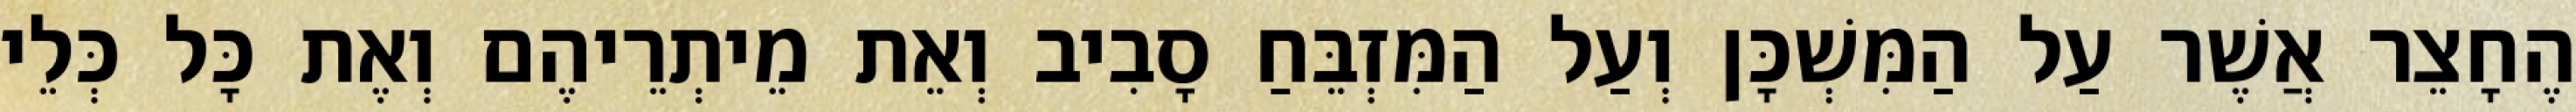
הֶחָצֵר אֲשֶׁר עַל הַמִּשְׁכָּן וְעַל הַמִּזְבֵּחַ סָבִיב וְאֵת מֵיתְרֵיהֶם וְאֶת כָּל כְּלֵי